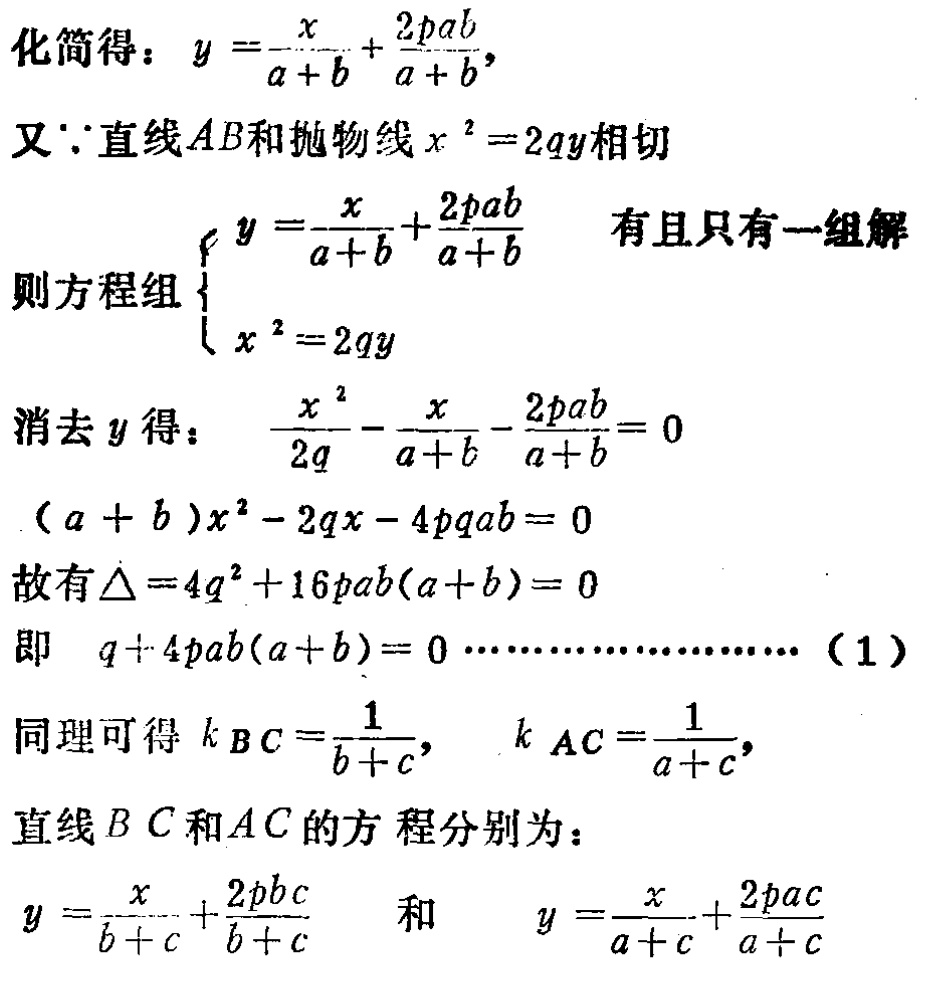
化简得：\(y = \frac{x}{a + b} + \frac{2pab}{a + b}\)，
又\(\because\)直线\(AB\)和抛物线\(x^{2} = 2qy\)相切
则方程组\(\begin{cases}y = \frac{x}{a + b} + \frac{2pab}{a + b}\\x^{2} = 2qy\end{cases}\) 有且只有一组解
消去\(y\)得：\(\frac{x^{2}}{2q} - \frac{x}{a + b} - \frac{2pab}{a + b} = 0\)
\((a + b)x^{2} - 2qx - 4pqab = 0\)
故有\(\Delta = 4q^{2} + 16pab(a + b) = 0\)
即 \(q + 4pab(a + b) = 0\) ……………………（1）
同理可得 \(k_{BC} = \frac{1}{b + c}\)， \(k_{AC} = \frac{1}{a + c}\)，
直线\(BC\)和\(AC\)的方程分别为：
\(y = \frac{x}{b + c} + \frac{2pbc}{b + c}\) 和 \(y = \frac{x}{a + c} + \frac{2pac}{a + c}\)